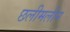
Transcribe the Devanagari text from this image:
छलीमलीन